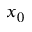
x _ { 0 }